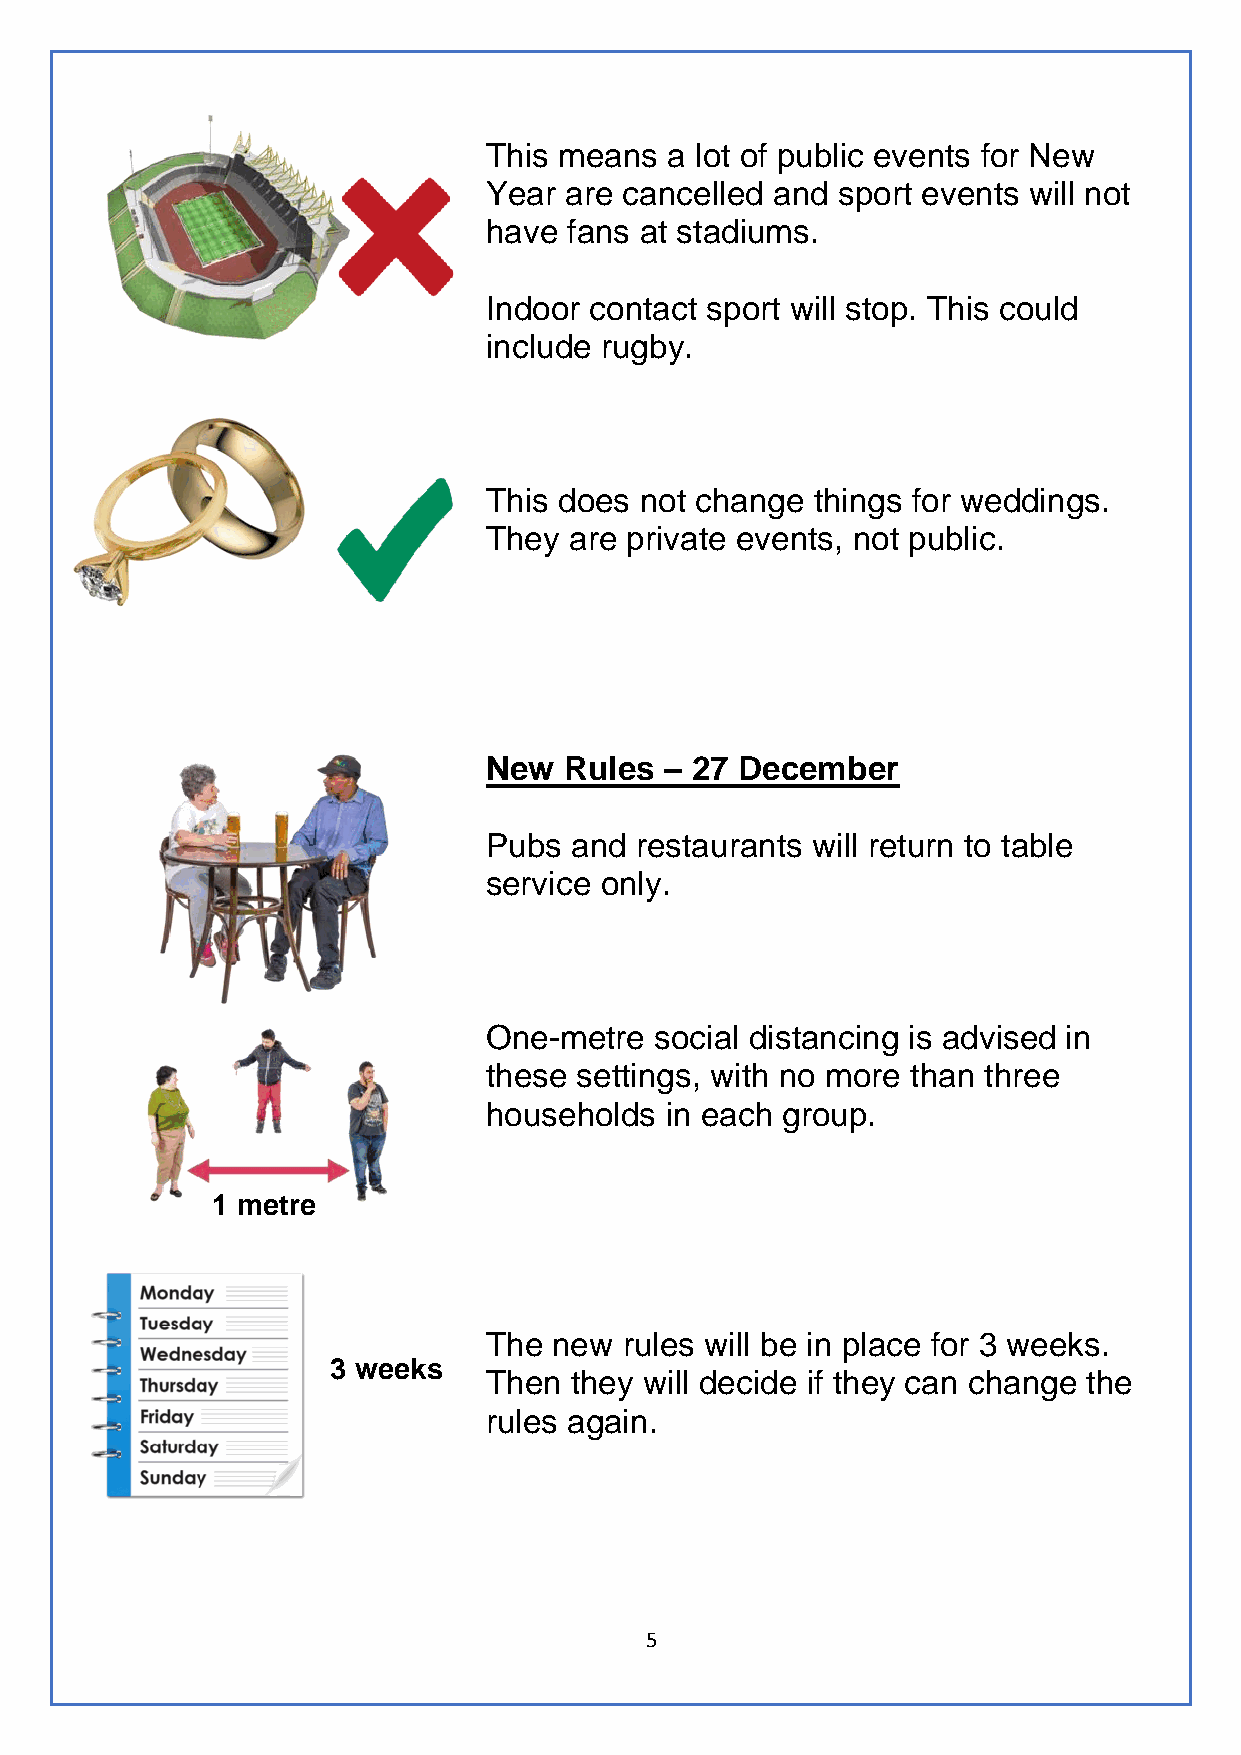
This means  a lot of public events for New
 Year are cancelled and sport events will not
 have  fans at stadiums.
 Indoor contact sport will stop. This could
 include rugby.
 This does not change  things for weddings.
 They  are private events, not public.
 New  Rules  – 27 December
 Pubs  and restaurants will return to table
 service only.
 One-metre  social distancing is advised in
 these settings, with no more than three
 households  in each group.
 1 metre
 The  new rules will be in place for 3 weeks.
 3 weeks
 Then  they will decide if they can change the
 rules again.
 5